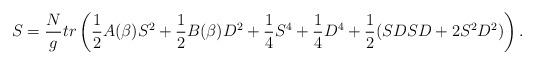
LaTeX: \begin{align*}S = {N \over g} tr \left( {1 \over 2 } A(\beta) S^2 + { 1 \over 2 }B (\beta) D^2 + {1 \over4 } S^4 + {1\over 4 } D^4 + {1 \over 2 } ( S D S D + 2 S^2 D^2 ) \right).\end{align*}